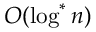
O ( \log ^ { * } n )